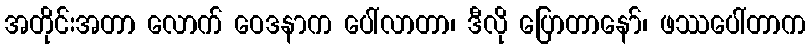
အတိုင်းအတာ လောက် ဝေဒနာက ပေါ်လာတာ၊ ဒီလို ပြောတာနော်၊ ဖဿပေါ်တာက